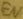
Text: EN